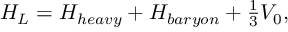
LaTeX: H _ { L } = H _ { h e a v y } + H _ { b a r y o n } + \textstyle { \frac { 1 } { 3 } } V _ { 0 } ,